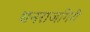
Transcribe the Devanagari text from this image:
धनराजगिरी